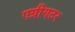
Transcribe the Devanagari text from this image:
एग्रीगटर